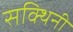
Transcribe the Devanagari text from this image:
सक्थिनी